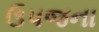
ઉપજના